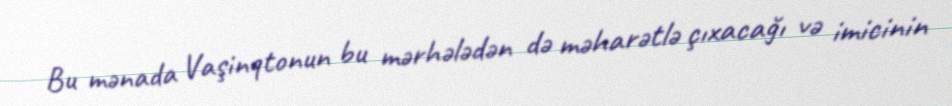
Bu mənada Vaşinqtonun bu mərhələdən də məharətlə çıxacağı və imicinin